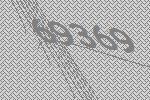
69369